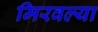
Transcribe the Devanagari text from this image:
मिरवल्या